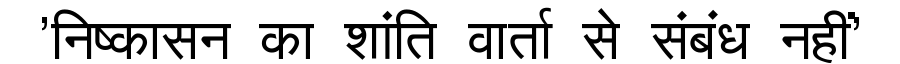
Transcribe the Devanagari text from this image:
'निष्कासन का शांति वार्ता से संबंध नहीं'